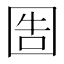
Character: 𡇪